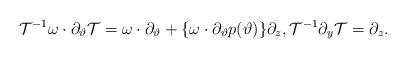
LaTeX: \begin{align*}\mathcal{T}^{-1} \omega\cdot\partial_{\vartheta} \mathcal{T}=\omega\cdot\partial_{\vartheta}+\{\omega\cdot\partial_{\vartheta} p(\vartheta)\}\partial_z, \mathcal{T}^{-1} \partial_y \mathcal{T}=\partial_z.\end{align*}